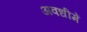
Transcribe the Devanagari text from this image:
अवधीमें